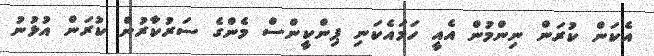
އެކަން ކުރަން ނިންމުން އެއީ ހަމައެކަނި ޕިންކީންސް މެންގެ ސަރުކާރުން ކުރަން އުޅުނު